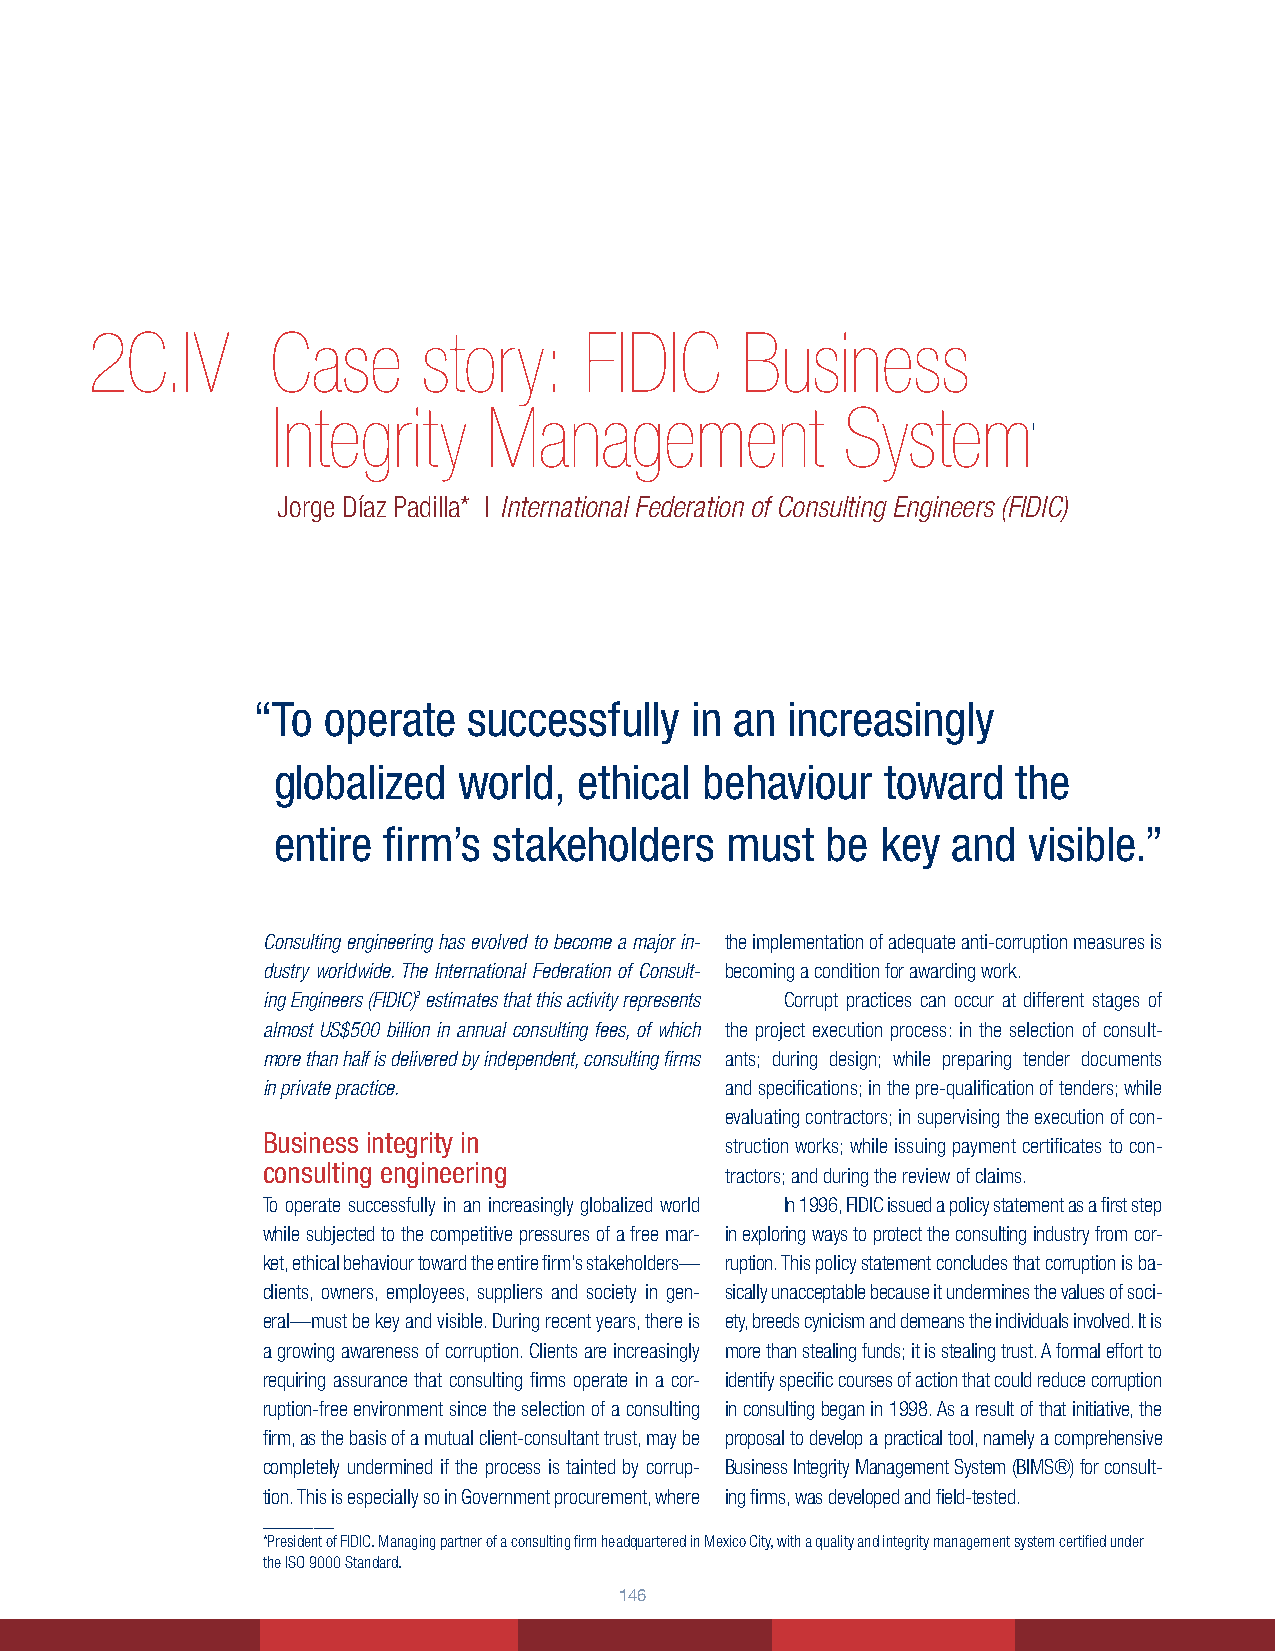
2C.IV       Case      story:     FIDIC     Business
 Integrity     Management              System
 1
 Jorge Díaz Padilla* | International Federation of Consulting Engineers (FIDIC)
 “ To operate  successfully   in an increasingly
 globalized  world,  ethical  behaviour   toward  the
 entire firm’s  stakeholders   must   be key  and  visible.”
 Consulting engineering has evolved to become a major in- the implementation of adequate anti-corruption measures is
 dustry worldwide. The International Federation of Consult- becoming a condition for awarding work.
 ing Engineers (FIDIC)2 estimates that this activity represents Corrupt practices can occur at different stages of
 almost US$500 billion in annual consulting fees, of which the project execution process: in the selection of consult-
 more than half is delivered by independent, consulting firms ants; during design; while preparing tender documents
 in private practice.           and specifications; in the pre-qualification of tenders; while
 evaluating contractors; in supervising the execution of con-
 Business integrity in
 struction works; while issuing payment certificates to con-
 consulting engineering
 tractors; and during the review of claims.
 To operate successfully in an increasingly globalized world In 1996, FIDIC issued a policy statement as a first step
 while subjected to the competitive pressures of a free mar- in exploring ways to protect the consulting industry from cor-
 ket, ethical behaviour toward the entire firm’s stakeholders— ruption. This policy statement concludes that corruption is ba-
 clients, owners, employees, suppliers and society in gen- sically unacceptable because it undermines the values of soci-
 eral—must be key and visible. During recent years, there is ety, breeds cynicism and demeans the individuals involved. It is
 a growing awareness of corruption. Clients are increasingly more than stealing funds; it is stealing trust. A formal effort to
 requiring assurance that consulting firms operate in a cor- identify specific courses of action that could reduce corruption
 ruption-free environment since the selection of a consulting in consulting began in 1998. As a result of that initiative, the
 firm, as the basis of a mutual client-consultant trust, may be proposal to develop a practical tool, namely a comprehensive
 completely undermined if the process is tainted by corrup- Business Integrity Management System (BIMS®) for consult-
 tion. This is especially so in Government procurement, where ing firms, was developed and field-tested.
 _______
 *President of FIDIC. Managing partner of a consulting firm headquartered in Mexico City, with a quality and integrity management system certified under
 the ISO 9000 Standard.
 146